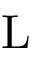
\mathrm { L }